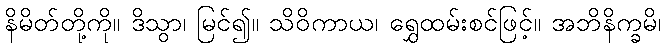
နိမိတ်တို့ကို။ ဒိသွာ၊ မြင်၍။ သိဝိကာယ၊ ရွှေထမ်းစင်ဖြင့်။ အဘိနိက္ခမိ၊